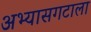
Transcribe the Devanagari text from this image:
अभ्यासगटाला